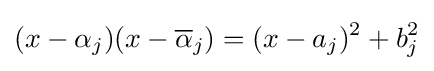
(x-\alpha _{j})(x-{\overline {\alpha }}_{j})=(x-a_{j})^{2}+b_{j}^{2}